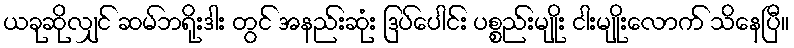
ယခုဆိုလျှင် ဆမ်ဘရိုးဒါး တွင် အနည်းဆုံး ဒြပ်ပေါင်း ပစ္စည်းမျိုး ငါးမျိုးလောက် သိနေပြီ။